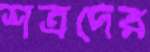
শত্রদের